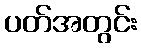
ပတ်အတွင်း